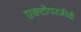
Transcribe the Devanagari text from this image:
एक्टोपरजीवी